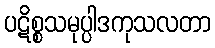
ပဋိစ္စသမုပ္ပါဒကုသလတာ